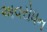
અવરોધન